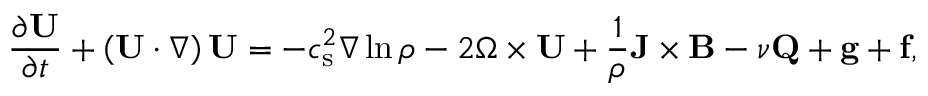
\frac { \partial \mathbf { U } } { \partial t } + \left( \mathbf { U } \cdot \nabla \right) \mathbf { U } = - c _ { \mathrm { s } } ^ { 2 } \nabla \ln \rho - 2 \boldsymbol { \Omega } \times \mathbf { U } + \frac { 1 } { \rho } \mathbf { J } \times \mathbf { B } - \nu \mathbf { Q } + \mathbf { g } + \mathbf { f } ,